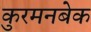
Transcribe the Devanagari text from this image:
कुरमनबेक